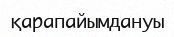
қарапайымдануы